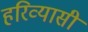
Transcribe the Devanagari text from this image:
हरिव्यासी